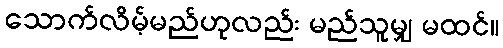
သောက်လိမ့်မည်ဟုလည်း မည်သူမျှ မထင်။